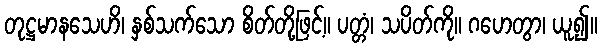
တုဋ္ဌမာနသေဟိ၊ နှစ်သက်သော စိတ်တို့ဖြင့်။ ပတ္တံ၊ သပိတ်ကို။ ဂဟေတွာ၊ ယူ၍။